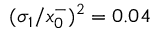
( \sigma _ { 1 } / x _ { 0 } ^ { - } ) ^ { 2 } = 0 . 0 4